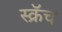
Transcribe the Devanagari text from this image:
स्क्रॅच